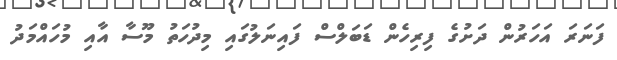
ފަނަރަ އަހަރުން ދަށުގެ ފިރިހެން ޑަބަލްސް ފައިނަލުގައި މިދުހަތު މޫސާ އާއި މުހައްމަދު